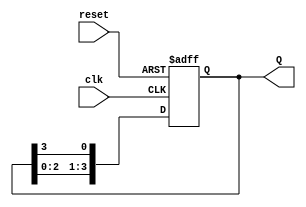
module ring_counter #(
    parameter N = 4  // Number of flip-flops
)(
    input wire clk,       // Clock input
    input wire reset,     // Asynchronous reset input
    output reg [N-1:0] Q  // Output representing the current state
);

    // Internal signals for the flip-flops
    reg [N-1:0] next_Q;

    // Asynchronous reset and clock-triggered behavior
    always @(posedge clk or posedge reset) begin
        if (reset) begin
            Q <= 1'b1;  // Initialize to the first state (0001)
        end else begin
            Q <= next_Q; // Update state on clock edge
        end
    end

    // Next state logic
    always @(*) begin
        next_Q = {Q[N-2:0], Q[N-1]}; // Shift left and wrap around
    end

endmodule